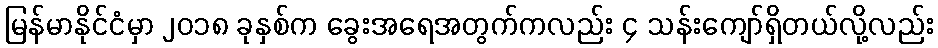
မြန်မာနိုင်ငံမှာ ၂၀၁၈ ခုနှစ်က ခွေးအရေအတွက်ကလည်း ၄ သန်းကျော်ရှိတယ်လို့လည်း